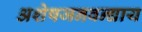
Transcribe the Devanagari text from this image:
अशेषजनवन्द्याय